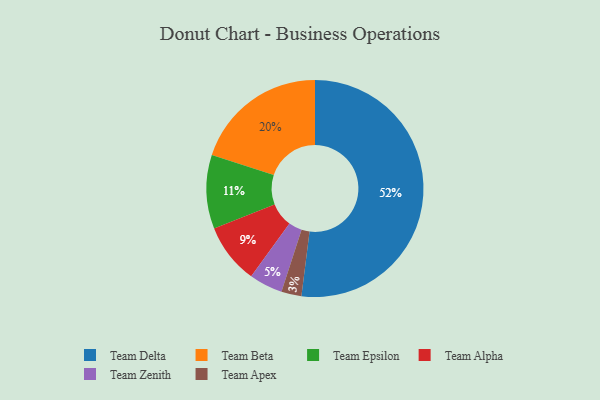
{"axis": {"x": "Category", "y": "Percentage"}, "legend": ["Team Alpha", "Team Apex", "Team Beta", "Team Delta", "Team Epsilon", "Team Zenith"], "data": [{"x": "Team Apex", "y": 3, "type": "Team Apex"}, {"x": "Team Zenith", "y": 5, "type": "Team Zenith"}, {"x": "Team Delta", "y": 52, "type": "Team Delta"}, {"x": "Team Alpha", "y": 9, "type": "Team Alpha"}, {"x": "Team Epsilon", "y": 11, "type": "Team Epsilon"}, {"x": "Team Beta", "y": 20, "type": "Team Beta"}]}